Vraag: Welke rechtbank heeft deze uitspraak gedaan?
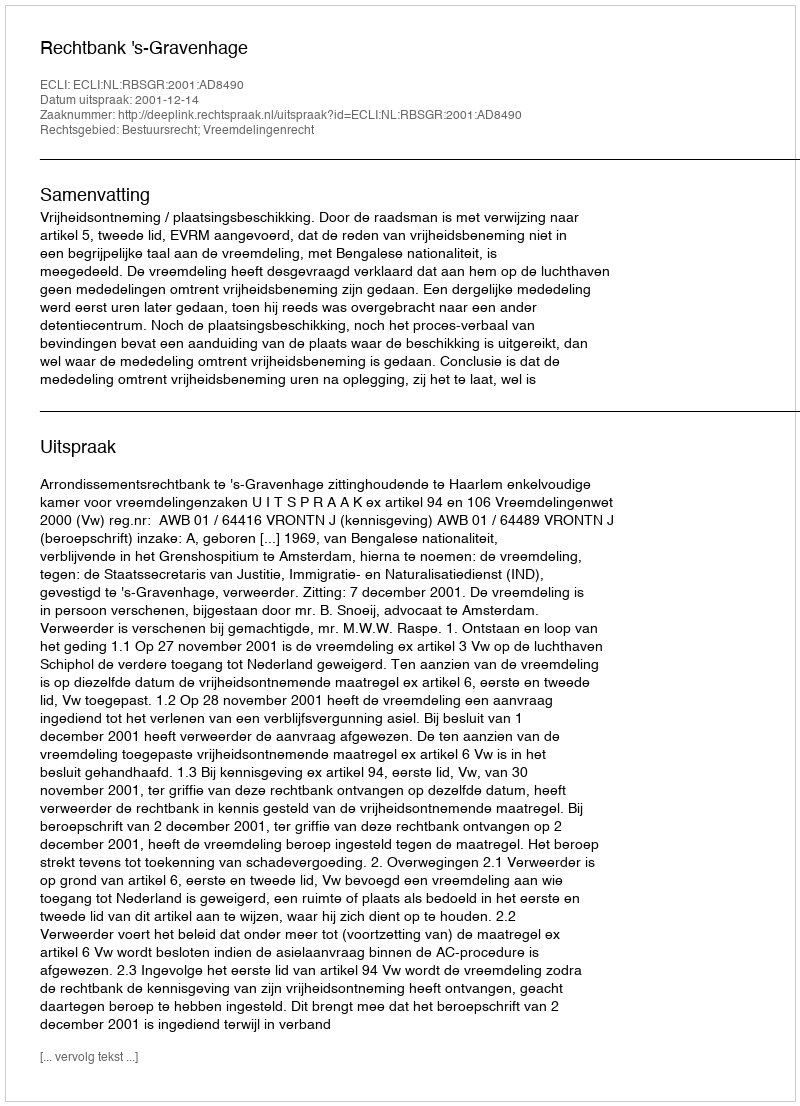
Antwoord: Rechtbank 's-Gravenhage